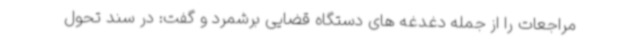
مراجعات را از جمله دغدغه های دستگاه قضایی برشمرد و گفت: در سند تحول